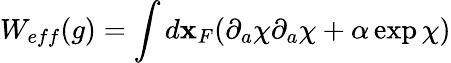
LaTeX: W_{eff}(g)=\int d{\mathbf x}_{F}(\partial_{a}\chi\partial_{a}\chi+\alpha\exp\chi)